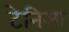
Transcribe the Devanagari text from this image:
टेनिसा